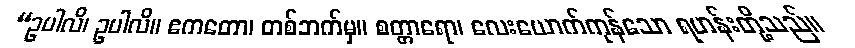
“ဥပါလိ၊ ဥပါလိ။ ဧကတော၊ တစ်ဘက်မှ။ စတ္တာရော၊ လေးယောက်ကုန်သော ရဟန်းတို့သည်။